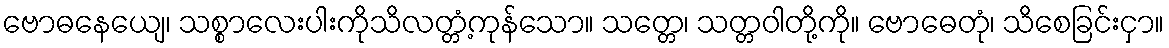
ဗောဓနေယျေ၊ သစ္စာလေးပါးကိုသိလတ္တံ့ကုန်သော။ သတ္တေ၊ သတ္တဝါတို့ကို။ ဗောဓေတုံ၊ သိစေခြင်းငှာ။